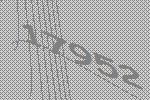
17952